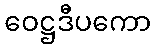
ဝေဋ္ဌဒီပကော